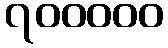
၇၀၀၀၀၀